system: You are a helpful assistant.
user:
Analyze the provided spectrum to determine if it is a **M-type Giant (gM)**.

A M-type Giant spectrum is defined by its **strong molecular absorption** features, particularly from **Titanium Oxide (TiO)**. You must check for one of the following mutually exclusive signatures:

- **Key Visual Indicators (Absorption-Dominated Spectrum):**

    - **(Primary):** The spectrum is dominated by strong molecular absorption from **Titanium Oxide (TiO)**. This is the **defining feature** of its M-type temperature class.
        - **(Key Bandheads):** Look for sharp, "saw-tooth" absorption valleys. The strongest are located near **~7050 Å**, **~6160 Å**, and **~5170 Å**.
        - **(Line Profile):** The "saw-tooth" morphology is critical: a **sharp, steep drop on the BLUE (short-wavelength) side** of the bandhead, followed by a gradual recovery (rising flux) towards the RED (long-wavelength) side.

    - **(Key Confirmation - Giant vs. Dwarf):** **ABSENCE** of strong **Calcium Hydride (CaH)** molecular bands. This is the primary diagnostic for *excluding* M-dwarfs.
        - **(Key Region):** The spectrum should lack the strong, broad absorption band seen in dwarfs between **~6800 Å and ~7000 Å**.

    - **(Secondary Confirmation - Giant):** A very strong and broad **Neutral Calcium (Ca I)** atomic absorption line.
        - **(Key Line):** Located at **~4226 Å**. In a giant (gM), this line is significantly deeper and broader than the same line in an M-dwarf (dM) due to low surface gravity.

    - **(Overall Spectrum):**
        - The continuum is **extremely red-sloping** (i.e., flux is very low in the blue and rises dramatically towards the red).
        - The entire spectrum appears "chopped up" by the deep TiO bands.

Think first, call **spectral_visualization_tool** if needed to examine features in detail, then provide your final answer. Your response must adhere to the following strict rules:
1.  **Overall Structure:** Your response must follow the format `<think>...</think> <tool_call>...</tool_call> (if a tool is used) <answer>...</answer>`.
2.  **Tool Usage Constraint:** You may only make **one** tool call per turn.
3.  **Final Answer Format:** In the `<answer>` tag, your conclusion must be inside a `\boxed{}` command (e.g., `\boxed{YES}` or `\boxed{NO}`), followed by your justification.

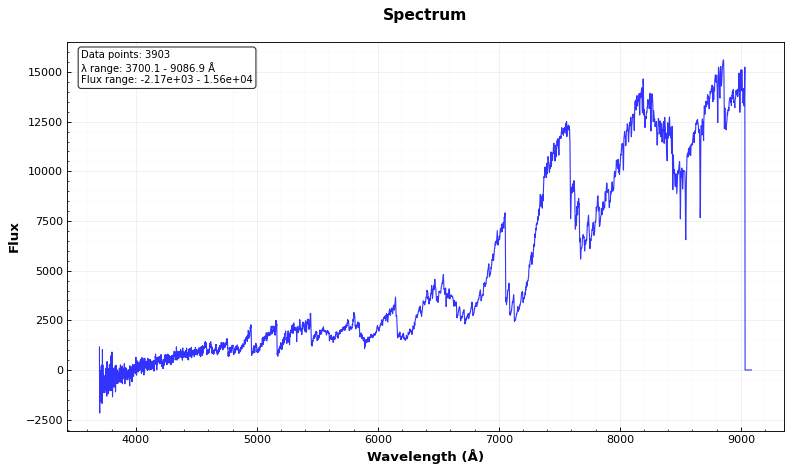
Answer: YES